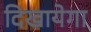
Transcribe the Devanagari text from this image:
दिखायेगा